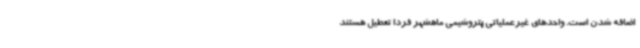
اضافه شدن است. واحدهای غیرعملیاتی پتروشیمی ماهشهر فردا تعطیل هستند